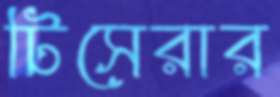
টিসেরার